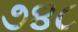
૭૪૮